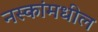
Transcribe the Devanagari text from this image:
नस्कांमधील